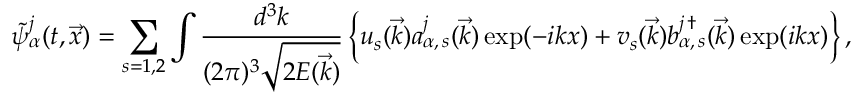
\tilde { \psi } _ { \alpha } ^ { j } ( t , \vec { x } ) = \sum _ { s = 1 , 2 } \int \frac { d ^ { 3 } k } { ( 2 \pi ) ^ { 3 } \sqrt { 2 E ( \vec { k } ) } } \left\{ u _ { s } ( \vec { k } ) a _ { \alpha , \, s } ^ { j } ( \vec { k } ) \exp ( - i k x ) + v _ { s } ( \vec { k } ) b _ { \alpha , \, s } ^ { j \, \dagger } ( \vec { k } ) \exp ( i k x ) \right\} ,